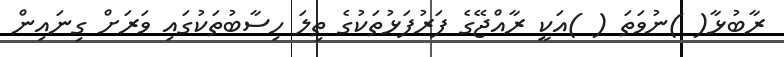
ރާބުޅާ( )ނުވަތަ ( )އަކީ ރާއްޖޭގެ ފަރުފަޅުތަކުގެ ތިލަ ހިސާބުތަކުގައި ވަރަށް ގިނައިން